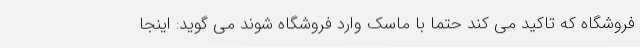
فروشگاه که تاکید می کند حتما با ماسک وارد فروشگاه شوند می گوید: اینجا